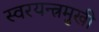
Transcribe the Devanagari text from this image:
स्वरयन्त्रमुखी